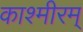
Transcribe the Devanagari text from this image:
काश्मीरम्